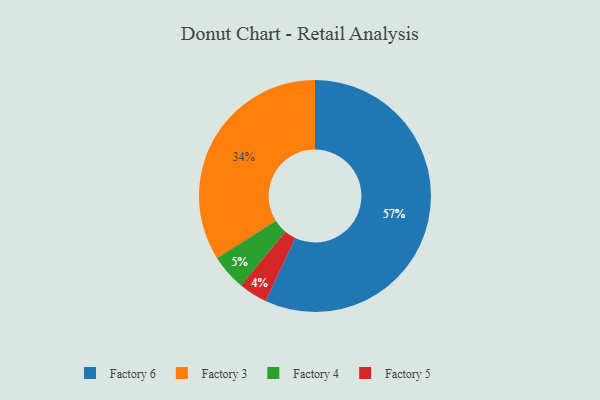
{"axis": {"x": "Category", "y": "Percentage"}, "legend": ["Factory 3", "Factory 4", "Factory 5", "Factory 6"], "data": [{"x": "Factory 5", "y": 4, "type": "Factory 5"}, {"x": "Factory 6", "y": 57, "type": "Factory 6"}, {"x": "Factory 4", "y": 5, "type": "Factory 4"}, {"x": "Factory 3", "y": 34, "type": "Factory 3"}]}